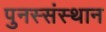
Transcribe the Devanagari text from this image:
पुनस्संस्थान